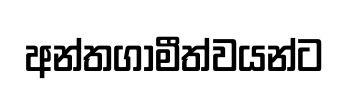
අන්තගාමීත්වයන්ට